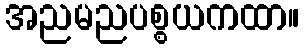
အညမညပစ္စယကထာ။